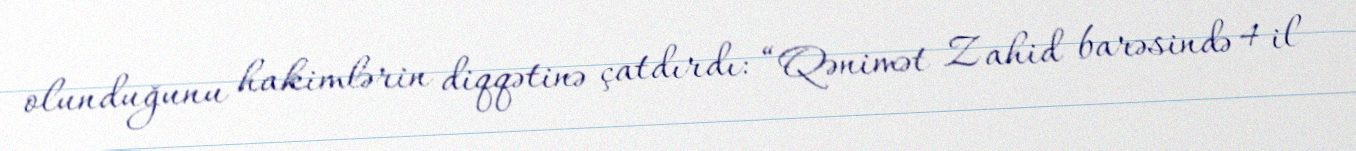
olunduğunu hakimlərin diqqətinə çatdırdı: “Qənimət Zahid barəsində 4 il